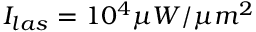
I _ { l a s } = 1 0 ^ { 4 } \mu W / \mu m ^ { 2 }